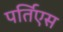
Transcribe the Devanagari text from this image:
पर्तिएस